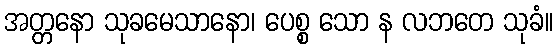
အတ္တနော သုခမေသာနော၊ ပေစ္စ သော န လဘတေ သုခံ။